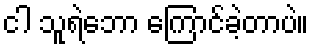
ငါ သူရဲဘော ကြောင်ခဲ့တာပဲ။